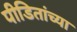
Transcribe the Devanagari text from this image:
पीडितांच्या